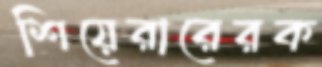
শিয়েরারেরক